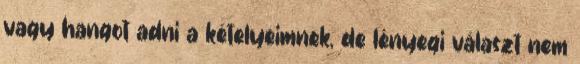
vagy hangot adni a kételyeimnek, de lényegi választ nem